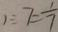
1 \div 7 = \frac { 1 } { 7 }